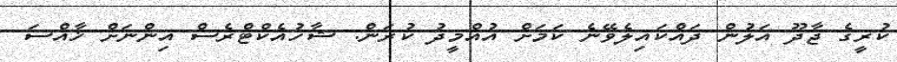
ކުރީގެ ޖާދޫ އަލުން ދައްކައިލެވޭނެ ކަމަށް އުއްމީދު ކުރަން: ޝާހުއެކްޓްރެސް އިންނަށް ޚާއްސަ